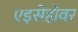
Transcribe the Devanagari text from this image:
एइसेंहॉवर